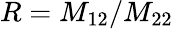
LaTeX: R=M_{12}/M_{22}